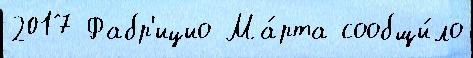
2017 Фабр'ицио Ма́рта сообщи́ло